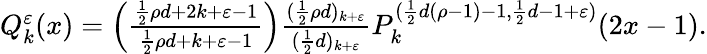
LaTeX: \begin{array}{r}{Q_{k}^{\varepsilon}(x)=\left(\frac{\frac{1}{2}\rho d+2k+\varepsilon-1}{\frac{1}{2}\rho d+k+\varepsilon-1}\right)\frac{(\frac{1}{2}\rho d)_{k+\varepsilon}}{(\frac{1}{2}d)_{k+\varepsilon}}P_{k}^{(\frac{1}{2}d(\rho-1)-1,\frac{1}{2}d-1+\varepsilon)}(2x-1).}\end{array}